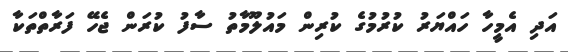
އަދި އެމީހާ ހައްޔަރު ކުރުމުގެ ކުރިން މައުލޫމާތު ސާފު ކުރަން ޖެހޭ ފަރާތްތަކާ